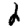
Digit: 2